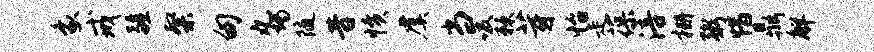
象戒疆粲甸丸竭随昔愤虞当吸棘芽怡走葆涪栅粥惜鼎解